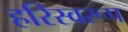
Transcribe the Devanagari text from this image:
हरिस्वरूप